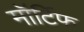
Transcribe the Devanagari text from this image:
मॉर्टिफ